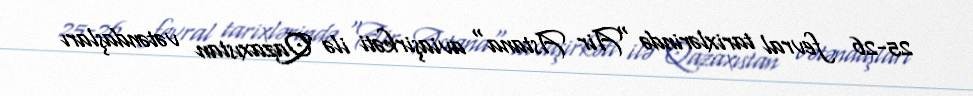
25-26 fevral tarixlərində "Air Astana" aviaşirkəti ilə Qazaxıstan vətəndaşları